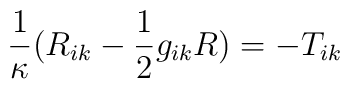
\frac 1\kappa (R_{ik}-\frac 12g_{ik}R)=-T_{ik}